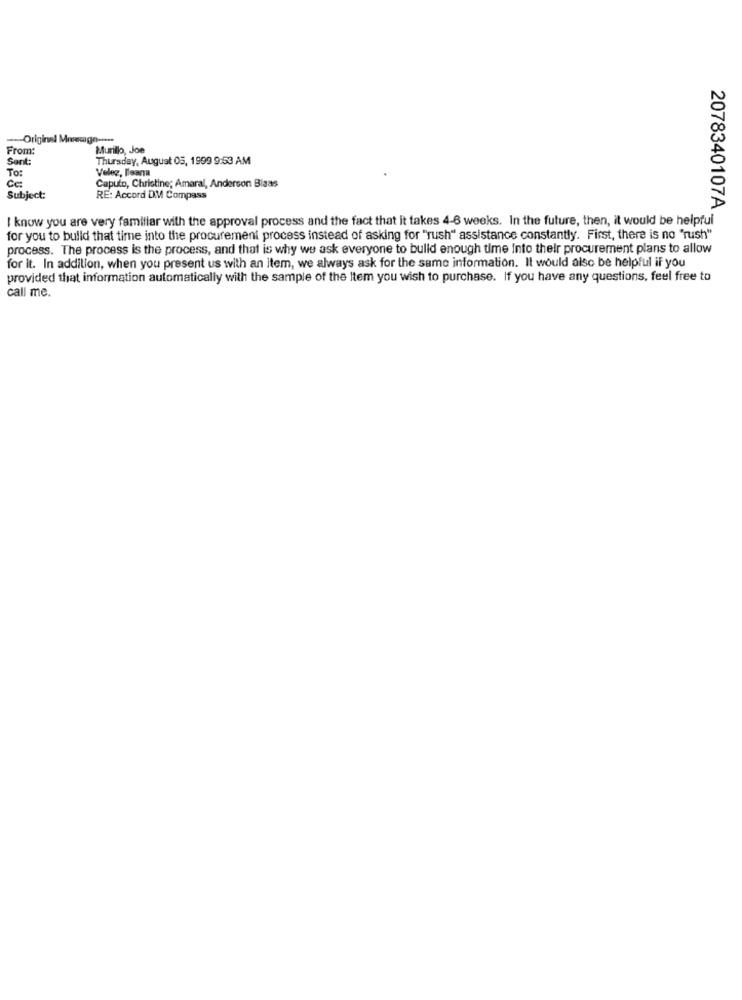
-Original Message -...
From:
Murillo, Joe
Sont:
Thursday, August 05, 1999 9:53 AM
To:
Veleg, Bleana
Cc:
Caputo, Christine; Amaral, Anderson Blaas
Subject:
RE: Accord DM Compass
2078340107A
I know you are very familiar with the approval process and the fact that it takes 4-6 weeks. In the future, then, it would be helpful
for you to build that time into the procurement process instead of asking for "rush" assistance constantly. First, there is no "rush"
process. The process is the process, and that is why we ask everyone to bulld enough time Into their procurement plans to allow
for it. In addition, when you present us with an item, we always ask for the same information. It would also be helpful if you
provided that information automatically with the sample of the Item you wish to purchase. If you have any questions, feel free to
call me.